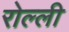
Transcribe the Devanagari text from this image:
रोल्ली